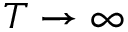
T \to \infty